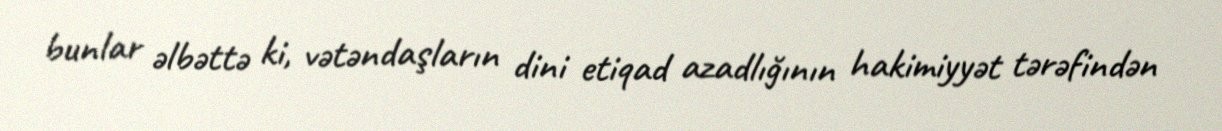
bunlar əlbəttə ki, vətəndaşların dini etiqad azadlığının hakimiyyət tərəfindən